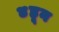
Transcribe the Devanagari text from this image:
४हून